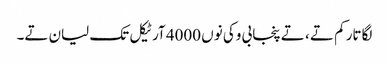
لگاتار کم تے ، تے پنجابی وکی نوں 4000 آرٹیکل تک لیان تے۔